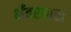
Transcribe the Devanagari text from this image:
भँवरधारा